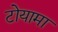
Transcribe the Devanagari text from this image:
टोयामा